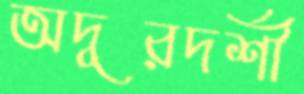
অদূরদর্শী